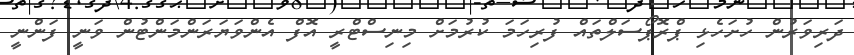
ދަރިވަރުން ހުށަހެޅި ޕްރޮޕޯސަލްތައް ފުރިހަމަ ކުރުމަށް މިނިސްޓްރީ އޮފް އެންވަޔަރަންމަންޓުން ވަނީ ފަންނީ